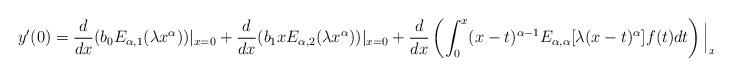
LaTeX: \begin{align*}y'(0) &=\frac{d}{dx} (b_0E_{\alpha, 1}(\lambda x^{\alpha}))|_{x=0}+\frac{d}{dx}(b_1xE_{\alpha, 2}(\lambda x^{\alpha}))|_{x=0}+ \frac{d}{dx}\left(\int_0^x (x-t)^{\alpha-1}E_{\alpha, \alpha}[\lambda(x-t)^{\alpha}]f(t)dt\right)\Big|_{x=0}.\end{align*}